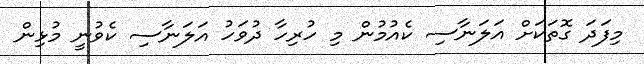
މިފަދަ ގޮތަކަށް އަލަނާސި ކެއުމުން މި ހުރިހާ ދުވަހު އަލަނާސި ކެވުނީ މުޅިން